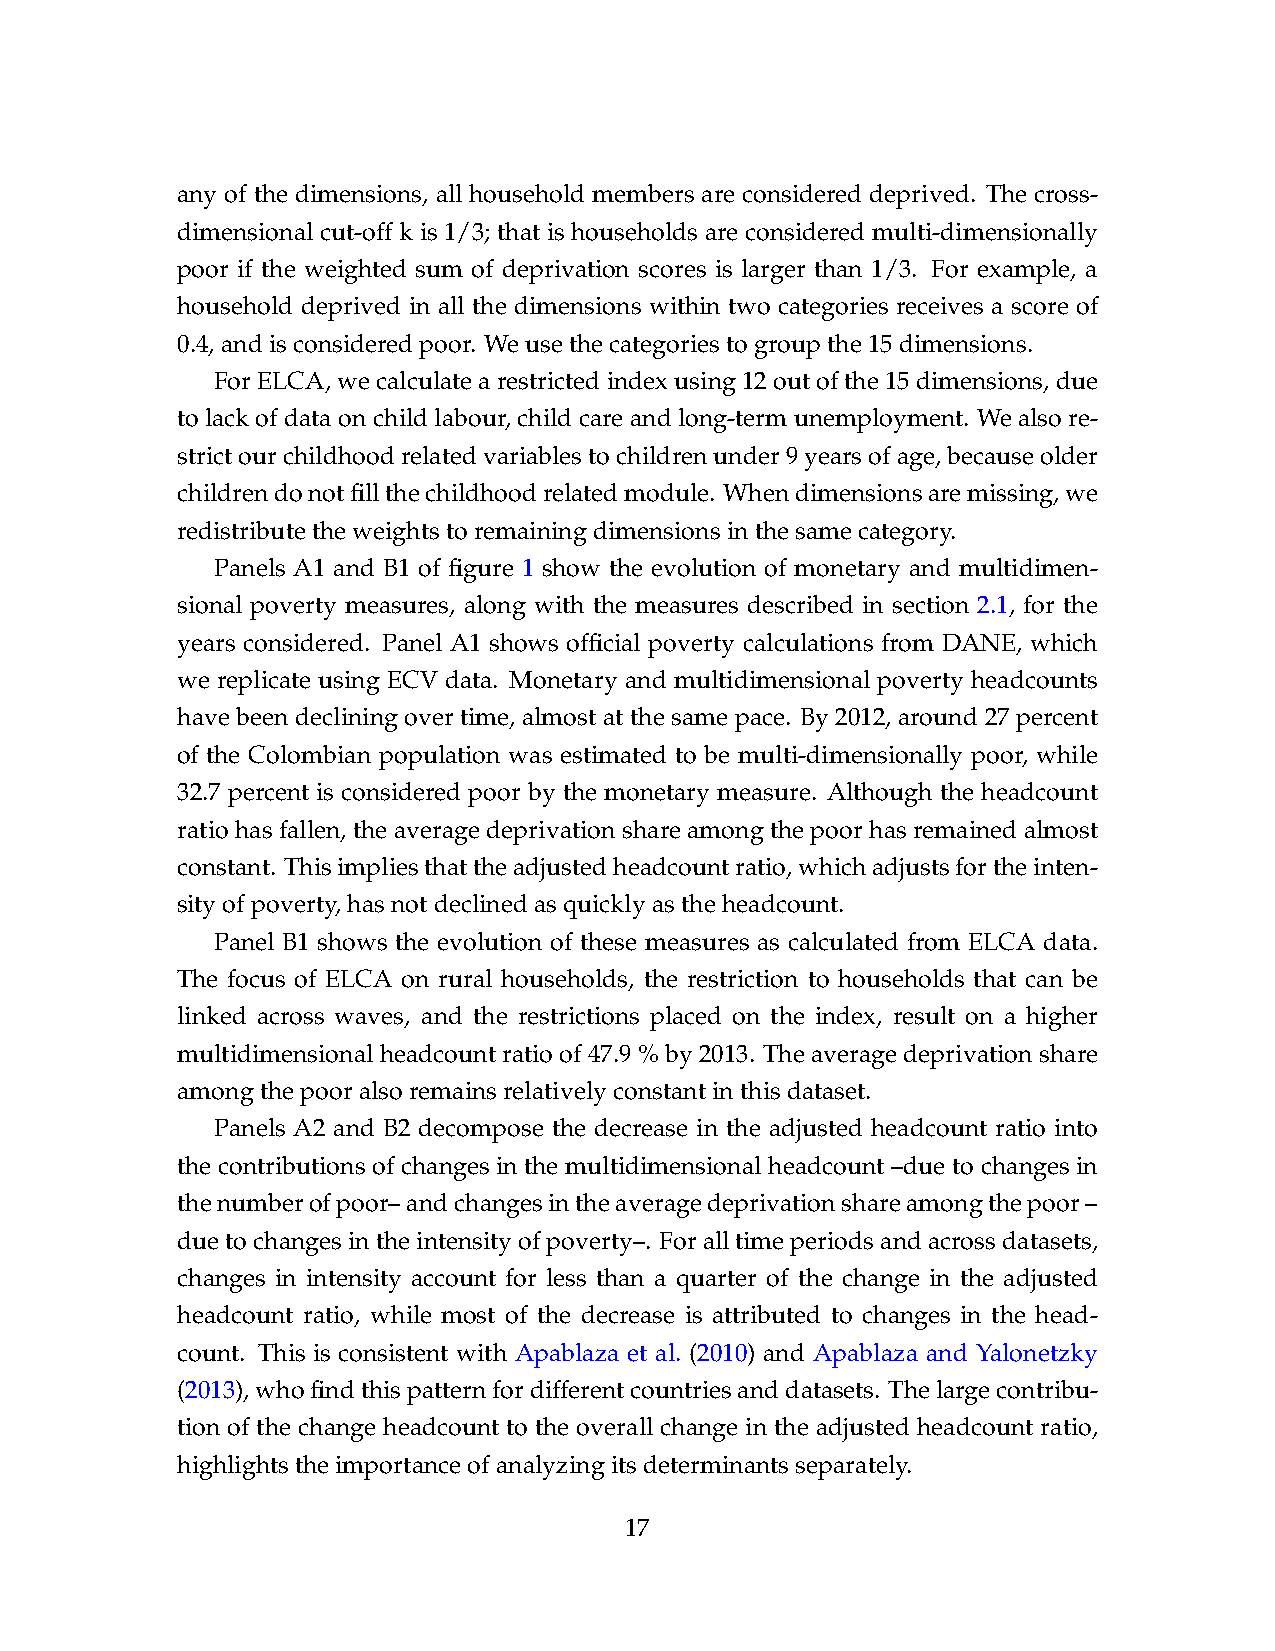
any of the dimensions, all household members are considered deprived. The cross-
 dimensional cut-off k is 1/3; that is households are considered multi-dimensionally
 poor if the weighted sum of deprivation scores is larger than 1/3. For example, a
 household deprived in all the dimensions within two categories receives a score of
 0.4,andisconsideredpoor. Weusethecategoriestogroupthe15dimensions.
 ForELCA,wecalculatearestrictedindexusing12outofthe15dimensions,due
 to lack of dataon child labour, child care and long-term unemployment. We also re-
 strictourchildhoodrelatedvariablestochildrenunder9yearsofage,becauseolder
 childrendonotfillthechildhoodrelatedmodule. Whendimensionsaremissing,we
 redistributetheweightstoremainingdimensionsinthesamecategory.
 Panels A1 and B1 of figure 1 show the evolution of monetary and multidimen-
 sional poverty measures, along with the measures described in section 2.1, for the
 years considered. Panel A1 shows official poverty calculations from DANE, which
 we replicate using ECV data. Monetary and multidimensional poverty headcounts
 have been declining over time, almost at the same pace. By 2012, around 27 percent
 of the Colombian population was estimated to be multi-dimensionally poor, while
 32.7 percent is considered poor by the monetary measure. Although the headcount
 ratio has fallen, the average deprivation share among the poor has remained almost
 constant. Thisimpliesthattheadjustedheadcountratio,whichadjustsfortheinten-
 sityofpoverty,hasnotdeclinedasquicklyastheheadcount.
 Panel B1 shows the evolution of these measures as calculated from ELCA data.
 The focus of ELCA on rural households, the restriction to households that can be
 linked across waves, and the restrictions placed on the index, result on a higher
 multidimensional headcount ratio of 47.9 % by 2013. The average deprivation share
 amongthepooralsoremainsrelativelyconstantinthisdataset.
 Panels A2 and B2 decompose the decrease in the adjusted headcount ratio into
 the contributions of changes in the multidimensional headcount –due to changes in
 thenumberofpoor–andchangesintheaveragedeprivationshareamongthepoor–
 duetochangesintheintensityofpoverty–. Foralltimeperiodsandacrossdatasets,
 changes in intensity account for less than a quarter of the change in the adjusted
 headcount ratio, while most of the decrease is attributed to changes in the head-
 count. This is consistent with Apablaza et al. (2010) and Apablaza and Yalonetzky
 (2013),whofindthispatternfordifferentcountriesanddatasets. Thelargecontribu-
 tion of the change headcount to the overall change in the adjusted headcount ratio,
 highlightstheimportanceofanalyzingitsdeterminantsseparately.
 17